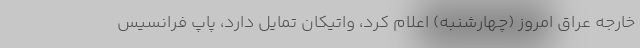
خارجه عراق امروز (چهارشنبه) اعلام کرد، واتیکان تمایل دارد، پاپ فرانسیس